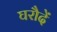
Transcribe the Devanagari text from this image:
घरौदें